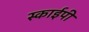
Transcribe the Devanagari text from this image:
स्काईपी